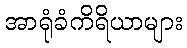
အာရုံခံကိရိယာများ